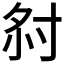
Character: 𡭫